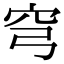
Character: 穹